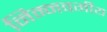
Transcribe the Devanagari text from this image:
निम्‍नवर्गीय